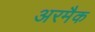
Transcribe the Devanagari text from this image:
अरमैक